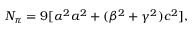
N _ { \pi } = 9 [ \alpha ^ { 2 } a ^ { 2 } + ( \beta ^ { 2 } + \gamma ^ { 2 } ) c ^ { 2 } ] ,